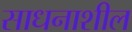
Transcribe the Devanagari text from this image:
साधनाशील